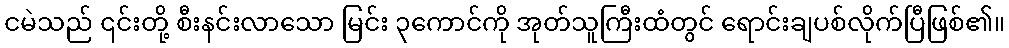
ငမဲသည် ၎င်းတို့ စီးနင်းလာသော မြင်း ၃ကောင်ကို အုတ်သူကြီးထံတွင် ရောင်းချပစ်လိုက်ပြီဖြစ်၏။